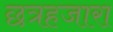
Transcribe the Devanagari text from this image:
छत्रहजारा